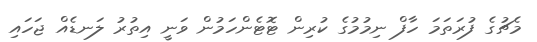
މެޗުގެ ފުރަތަމަ ހާފް ނިމުމުގެ ކުރިން ޓޮޓެންހަމުން ވަނީ އިތުރު ލަނޑެއް ޖަހައި